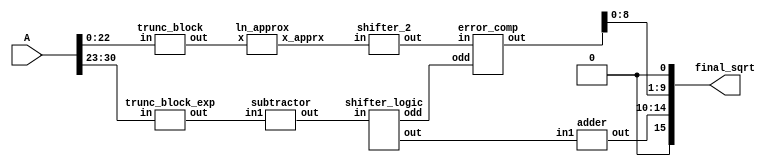
`timescale 1ns / 1ps
module ESAS_float(input [31:0]A,output [15:0] final_sqrt);
wire [7:0] exponent;
wire [22:0] A_in;
wire [9:0]x,x_apprx,x_apprx2,temp_sqrt;
wire [4:0]exp,k,k_bias,exp_bias;
wire [9:0] mantissa;
wire odd;
assign exponent=A[30:23];
assign A_in= A[22:0];
assign final_sqrt={1'b0,exp_bias,mantissa[8:0],1'b0};
trunc_block tr1(.in(A_in),.out(x));
trunc_block_exp tr2(.in(exponent),.out(k_bias));
subtractor sub(.in1(k_bias),.out(k));					//bias value is subtracted from input exponent part 
ln_approx  ln(.x(x),.x_apprx(x_apprx));
shifter_2 shift1(.in(x_apprx),.out(x_apprx2));
shifter_logic shift2(.in(k),.out(exp),.odd(odd));
error_comp ec(.in(x_apprx2),.odd(odd),.out(mantissa));
adder add(.in1(exp),.out(exp_bias));					//bias value is added in output exponent part 
endmodule

module subtractor(input [4:0]in1,output reg [4:0]out);
always @(*)
out=in1-5'b01111;
endmodule

module ln_approx(input [9:0]x,output reg [9:0]x_apprx);
always @ (*)
begin
	if(x[9])
	x_apprx=x-10'b0010101111;
	else
	x_apprx=x;
end
endmodule

module shifter_2(input [9:0]in,output [9:0]out);
reg [9:0] temp;
assign out={1'b1,temp[9:1]};
always @(*)
temp=in>>2'b01;
endmodule

module shifter_logic(input [4:0]in,output reg odd,output reg [4:0]out);
always @(*)
if(in[0])
begin
out={in[4:1],1'b0}>>2'b01;
odd=1'b1;
end
else
begin
out=in>>2'b01;
odd=1'b0;
end
endmodule

module error_comp(input [9:0]in,input odd,output [9:0]out);
reg [9:0]temp,op1,op2,op3;
assign out=(odd)?temp:in;
always @(*)
begin
op1=in>>2'b10;
op2=in>>2'b11;
op3=in>>3'b101;
temp=in+op1+op2+op3;
end
endmodule

module adder(input [4:0]in1,output reg [4:0]out);
always @(*)
out=in1+5'b01111;
endmodule

module trunc_block(input [22:0]in,output [9:0]out);
assign out=in[22:13];

endmodule
module trunc_block_exp(input [7:0]in,output [4:0]out);
assign out=in[4:0];

endmodule